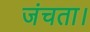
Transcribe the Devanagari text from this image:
जंचता।